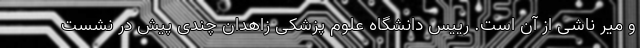
و میر ناشی از آن است. رییس دانشگاه علوم پزشکی زاهدان چندی پیش در نشست